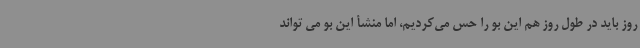
روز باید در طول روز هم این بو را حس می‌کردیم، اما منشأ این بو می تواند